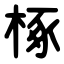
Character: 椓